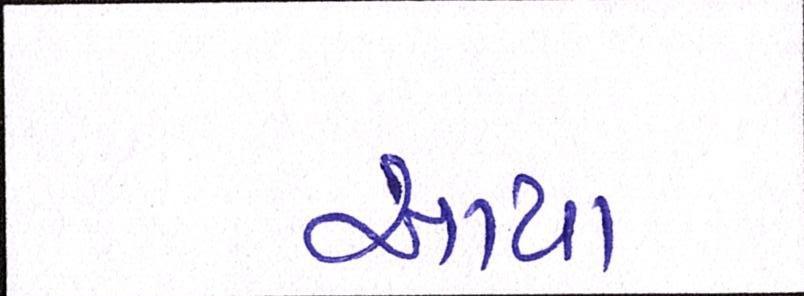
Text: આયા